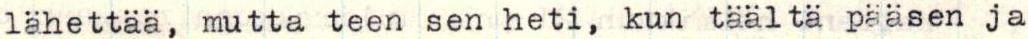
lähettää, mutta teen sen heti, kun täältä pääsen ja